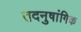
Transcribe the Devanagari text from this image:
तदनुषांगिक